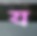
য